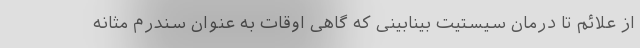
از علائم تا درمان سیستیت بینابینی که گاهی اوقات به عنوان سندرم مثانه